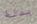
بدلة